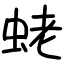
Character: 蛯